Vaccine operations Central Provinces 1868-1885 - 1868-1885
Year: 1868
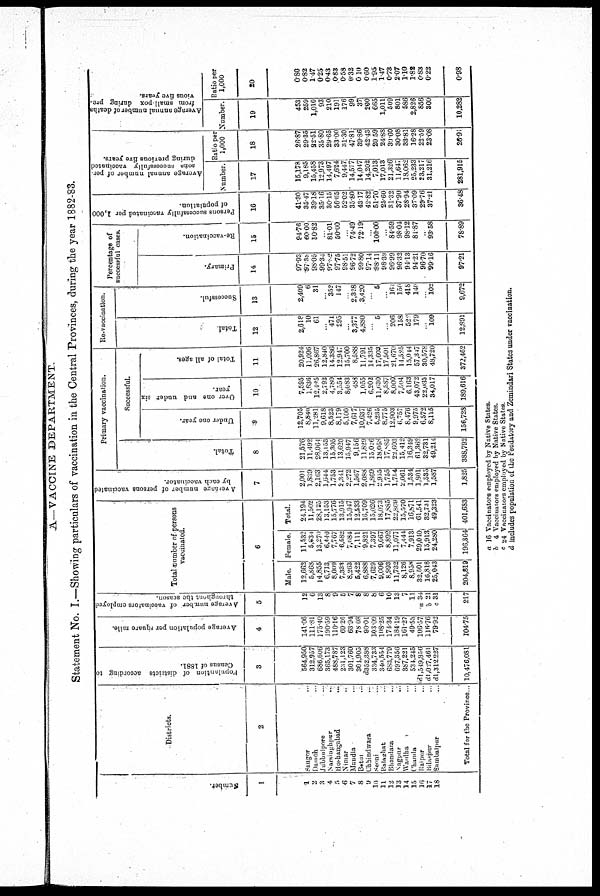
A—VACCINE DEPARTMENT.
Statement No. I.—Showing particulars of vaccination in the Central Provinces, during the year 1882-83.
Number.
1
1
2
3
4
5
6
7
8
9
10
11
12
13
14
15
16
17
18
Districts.
2
Saugor ...
Damoh ...
Jubbulpore ...
Narsinghpur
...
Hoshangabad
...
Nimar ...
Mandla ...
Betul ...
Chhindwara ...
Seoni ...
Balaghat ...
Bhandara ...
Nagpur ...
Wardha ...
Chanda ...
Rampur ...
Bilaspur ...
Sumbalpur ...
Total for the Province ..
Populantion of districts
according to
Census of 1881.
3
564,950
312,957
686,606
365,173
488,787
231,123
301,760
304,905
d352,388
334,733
340,554
683,779
697,356
387,221
534,245
d1,549,856
d 1,027,461
d1,312 227
10,476,081
Average population per square mile.
4
141.06
111.81
175.40
190.59
110.16
69.26
63.94
78.08
90.01
103.09
l08.25
174.34
184.19
161.27
49.53
106.57
116.76
79.92
104.75
Average number of vaccinators employed
throughout the season.
5
12
6
13
8
9
5
7
8
8
8
6
10
13
7
11
a 34
b 21
c 31
217
Total number of persons
vaccinated.
6
Male.
12,662
5,868
14,855
6,713
8,009
7,333
8,263
5,422
6,888
7,629
9,006
8,993
11,732
8,126
8,958
32,501
16,818
25,043
204,819
Female.
11,532
5,634
13,270
6,440
7,767
6,582
7,684
7,111
9,821
7,397
9,067
8,892
11,077
7,444
7,913
29,040
15,913
24,280
196,864
Total.
24,194
11,502
28,125
13,153
15,776
13,915
15,947
12,533
16,709
15,026
18,073
17,885
22,809
15,370
16,871
61,541
32,731
49,323
401,683
Average number of persons vaccinated
by each vaccinator.
7
2,001
1,839
2,163
1,644
1,753
2,341
2,272
1,567
2,088
1,869
2,955
1,755
1,754
2,061
1,534
1,801
1,535
1,587
1,825
Primary vaccination.
Successful.
Total.
8
21,576
11,492
28,064
13,153
15,305
13,620
15,947
9,156
11,829
13,026
18,068
17,885
22,603
15,412
16,349
61,362
32,731
49,214
388,792
Under one year.
9
12,705
8,840
11,281
9,618
8,523
8,179
5,100
7,617
10,637
7,426
5,235
8,775
12,903
6,757
8,476
9,975
6,572
8,115
156,728
Over one and under six
year.
10
7,595
1,636
12,425
2,792
4,780
3,354
8,083
488
1,055
6,202
11,630
8,587
8,000
7,504
6,163
43,072
22,035
34,017
189,616
Total of all ages.
11
20,924
11,096
26,867
12,840
14,386
12,947
15,700
8,588
11,791
14,335
17,603
17,501
21,670
14,525
15,044
57,347
30,578
48,720
372,462
Re-vaccination.
Total
12
2,618
10
61
... 471
295
...
3,377
4,880
...
5
...
206
158
520
179
...
109
12,891
Successful.
13
2,409
6
31
... 352
147
... 2,328
3,420
...
5
...
164
150
418
140
...
102
9,672
Percentage of
successful cases.
Primary.
14
97.93
97.38
98.05
99.34
97.82
97.75
98.51
96.72
99.80
97.14
98.11
98.39
96.99
96.32
94.13
94.21
96.70
99.16
97.21
Re-vaccination.
15
94.76
60.00
50.82
... 81.01
50.00
... 74.49
72.19
...
100.00
...
84.59
98.04
98.12
81.87
...
93.58
78.89
Persons successfully vaccinated per 1,000
of population.
16
41.30
35.47
39.18
35.16
30.15
56.65
52.02
35.80
43.17
42.82
51.70
25.60
31.32
37.90
28.94
37.09
29.76
37.21
86.48
Average annual number of per
sons successfully vaccinated
during previous five years.
Number.
17
15,178
9,185
15,458
12,973
14,497
7,624
9,447
14,577
14,047
14,202
7,013
17,013
21,326
11,647
18,062
25,233
23,217
31,216
281,915
Ratio per
1,000
18
26.87
29.35
22.51
35.80
29.65
33.00
31.30
47.81
39.86
42.43
20.59
24.88
30.60
30.08
33.81
16.28
22.59
23.08
25.91
Average annual number of deaths
from small pox during pre¬
vious five years.
Number.
19
453
259
1,010
93
210
191
176
99
37
200
665
1,011
509
801
586
2,826
856
300
10,282
Ratio per
1,000
20
0.80
0.82
1.47
0.25
0.43
0.83
0.58
0.32
0.10
0.60
1.95
1.47
0.73
2.07
1.10
1.82
0.83
0.22
0.98
a 16 Vaccinators employed by Native States.
b 4 Vaccinators employed by Native States.
c 24 Vaccinators employed by Native States.
d includes population of the Feudatory and Zemindari States under vaccination.